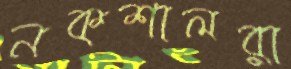
নকশালরা